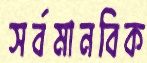
সর্বমানবিক